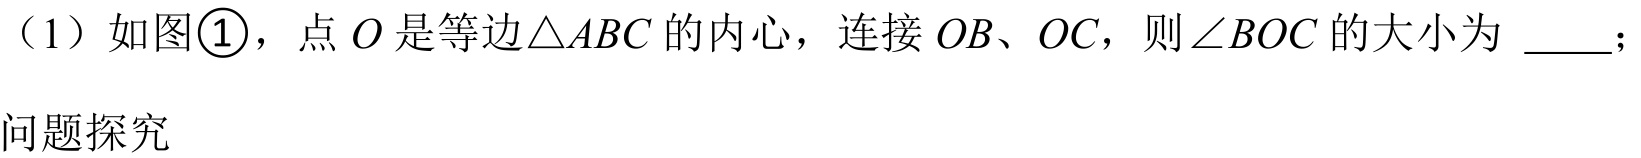
（1）如图\textcircled{1}，点\(O\)是等边\(\triangle ABC\)的内心，连接\(OB\)、\(OC\)，则\(\angle BOC\)的大小为 \_\_\_；
问题探究